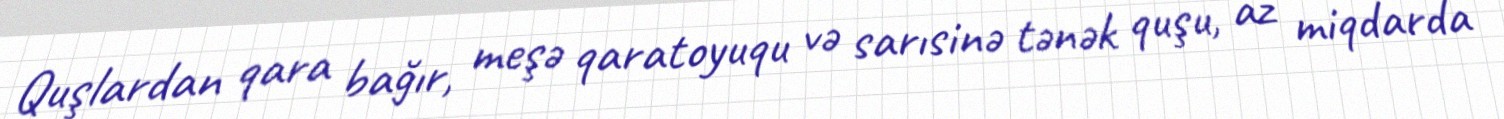
Quşlardan qara bağır, meşə qaratoyuqu və sarısinə tənək quşu, az miqdarda